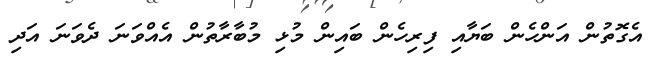
އެގޮތުން އަންހެން ބަޔާއި ފިރިހެން ބައިން މުޅި މުބާރާތުން އެއްވަނަ ދެވަނަ އަދި